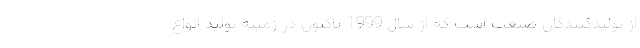
از تولیدکنندگان صنعت است که از سال 1999 تاکنون در زمینه تولید انواع